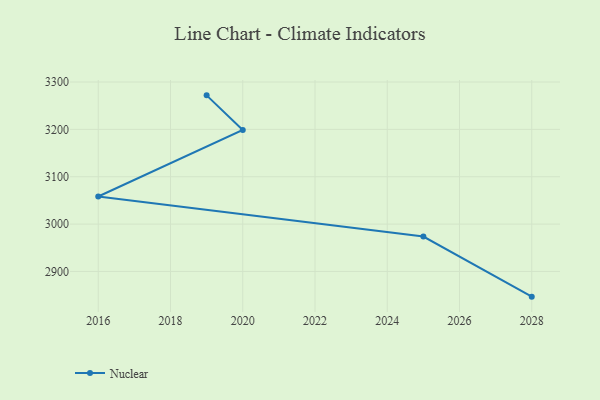
{"axis": {"x": "Year", "y": "Temperature (°C)"}, "legend": ["Nuclear"], "data": [{"x": "2019", "y": 3271.8, "type": "Nuclear"}, {"x": "2020", "y": 3198.8, "type": "Nuclear"}, {"x": "2016", "y": 3058.3, "type": "Nuclear"}, {"x": "2025", "y": 2973.7, "type": "Nuclear"}, {"x": "2028", "y": 2846.8, "type": "Nuclear"}]}